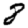
Digit: 8